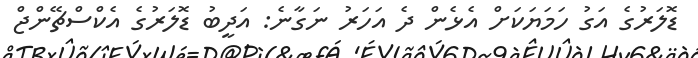
ޑޮލަރުގެ އަގު ހަމަޔަކަށް އެޅެން ދެ އަހަރު ނަގާނެ: އަދީބު ޑޮލަރުގެ އެކްސްޗޭންޖް